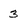
Character: 3